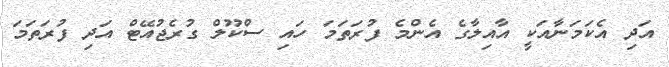
އަދި އެކަމަނާއަކީ އާއިލާގެ އެންމެ ފުރަތަމަ ހައި ސްކޫލް ގުރެޖުއޭޓް އަދި ފުރަތަމަ